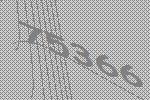
75366